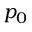
p _ { 0 }